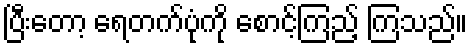
ပြီးတော့ ရေတက်ပုံကို စောင့်ကြည့် ကြသည်။